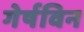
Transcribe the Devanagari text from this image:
गेर्षविन